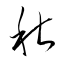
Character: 秋